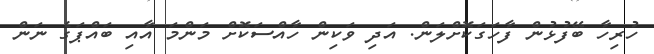
ހުރިހާ ބޭފުޅުން ފާހަގަކޮށްލަން. އަދި ވަކިން ހާއްސަކޮށް މަންމަ އާއި ބައްޕަގެ ނަން